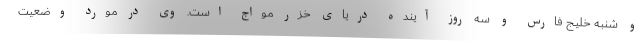
و شنبه خلیج فارس و سه روز آینده دریای خزر مواج است. وی در مورد وضعیت